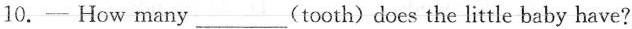
10.—How many ___ (tooth)does the little baby have?